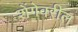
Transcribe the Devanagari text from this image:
शेंगेवरील